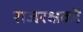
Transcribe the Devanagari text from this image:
राजरक्षकों